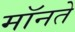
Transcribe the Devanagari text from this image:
मॉनते